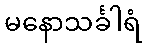
မနောသင်္ခါရံ